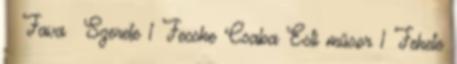
Fava Szerete 1 Fecske Csaba Esti műsor 1 Fekete